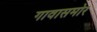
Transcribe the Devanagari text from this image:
गावासमोर